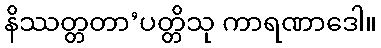
နိဿတ္တတာ’ပတ္တိသု ကာရဏာဒေါ။